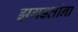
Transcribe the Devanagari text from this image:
झगडतांना